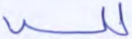
لله